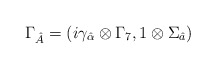
\begin{align*}\Gamma_{\hat A} = (i\gamma_{\hat {\alpha}} \otimes \Gamma_7, 1 \otimes \Sigma_{\hat a})\end{align*}